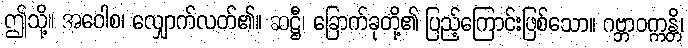
ဤသို့။ အဝေါစ၊ လျှောက်လတ်၏။ ဆဋ္ဌီ၊ ခြောက်ခုတို့၏ ပြည့်ကြောင်းဖြစ်သော။ ဂဗ္ဘာဝက္ကန္တိ၊